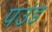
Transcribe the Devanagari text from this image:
पउंड